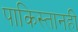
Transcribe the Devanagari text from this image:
पाकिस्तानही